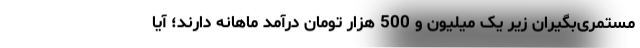
مستمری‌بگیران زیر یک میلیون و 500 هزار تومان درآمد ماهانه دارند؛ آیا